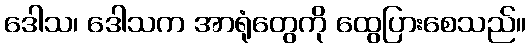
ဒေါသ၊ ဒေါသက အာရုံတွေကို ထွေပြားစေသည်။